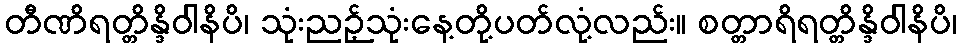
တီဏိရတ္တိန္ဒိဝါနိပိ၊ သုံးညဉ့်သုံးနေ့တို့ပတ်လုံ့လည်း။ စတ္တာရိရတ္တိန္ဒိဝါနိပိ၊